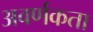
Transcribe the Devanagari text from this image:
अवर्णकता